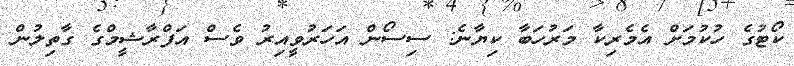
ކޯޓުގެ ހުކުމަށް އެމެރިކާ މަރުހަބާ ކިޔާނެ: ސިސޯން އަހަރުވީއިރު ވެސް އަފްރާޝީމްގެ ގާތިލުން